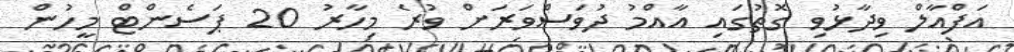
އަފްއާލް ވިދާޅުވި ގޮތުގައި އާއްމު ދުވަސްވަރަށް ވުރެ މިހާރު 20 ޕަސެންޓް މީހުން